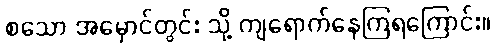
စသော အမှောင်တွင်း သို့ ကျရောက်နေကြရကြောင်း။